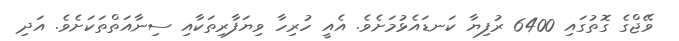
ވޭޖްގެ ގޮތުގައި 6400 ރުފިޔާ ކަނޑައެޅުމަށެވެ. އެއީ ހުރިހާ ވިޔަފާރިތަކާއި ސިނާއަތްތަކަށެވެ. އަދި